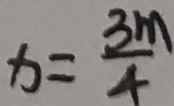
x = \frac { 3 m } { 4 }